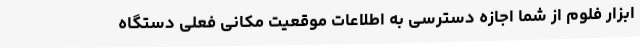
ابزار فلوم از شما اجازه دسترسی به اطلاعات موقعیت مکانی فعلی دستگاه